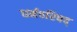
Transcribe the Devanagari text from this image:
धर्मपरिषद्